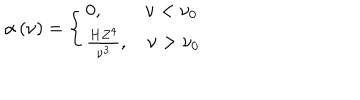
\alpha \left( \nu \right) = \left\{ { { \begin{array} { c } { { { 0 , \quad \quad ~ \nu < \nu _ { 0 } } \hfill } } \\ { { { \frac { H Z ^ { 4 } } { \nu ^ { 3 } } , \quad \nu > \nu _ { 0 } } \hfill } } \\ \end{array} } } \right.